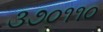
૩૭૦૧૧૦